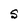
Character: S